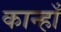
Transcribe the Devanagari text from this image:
कान्हाँ